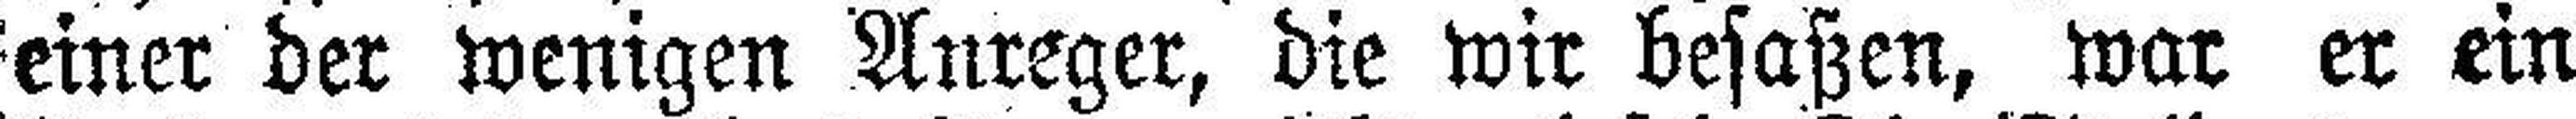
einer der wenigen Anreger, die wir besaßen, war er ein